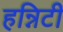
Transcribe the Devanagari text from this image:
हन्निटी